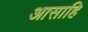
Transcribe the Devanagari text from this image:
आसाहि